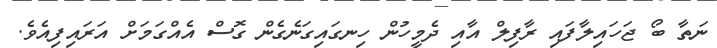
ނަތާ ބޯ ޖަހައިލާފައި ރާފިލް އާއި ދެމީހުން ހިނގައިގަނެގެން ގޮސް އެއްގަމަށް އަރައިފިއެވެ.